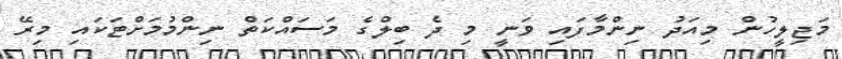
މަޖިލީހުން މިއަދު ނިންމާފައި ވަނީ މި ދެ ބިލްގެ މަސައްކަތް ނިންމުމަށްޓަކައި މިރޭ